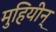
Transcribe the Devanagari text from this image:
मुहियीन्